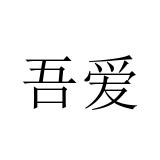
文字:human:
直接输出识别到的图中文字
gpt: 吾爱